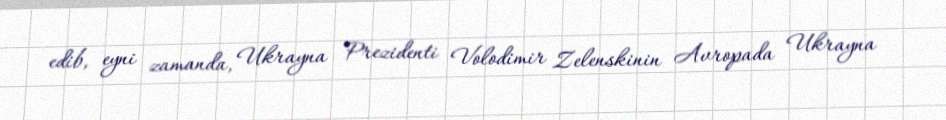
edib, eyni zamanda, Ukrayna Prezidenti Volodimir Zelenskinin Avropada Ukrayna